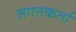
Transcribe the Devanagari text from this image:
जगतकर्ता